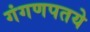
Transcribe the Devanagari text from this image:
गंगणपतये